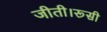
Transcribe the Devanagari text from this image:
जीती।रूसी